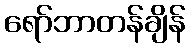
ရော်ဘာတန်ချိန်